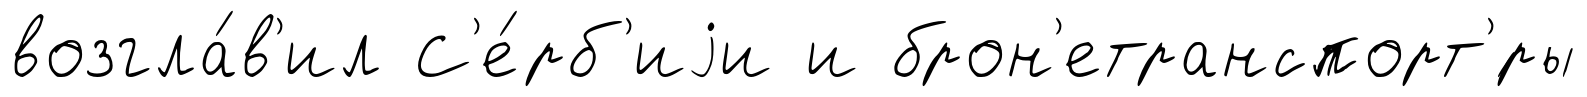
возгла́в'ил С'е́рб'иjи и брон'етранспорт'́ры